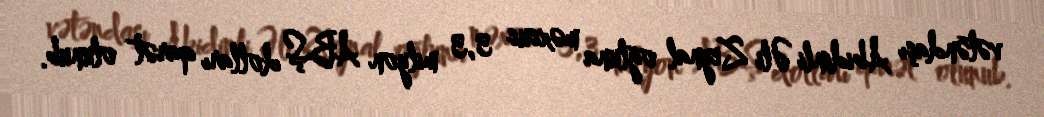
vətəndaşı Abidinli Əli Zeynal oğluna məxsus 3,3 milyon ABŞ dolları qarət olunub.